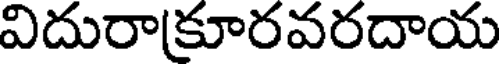
విదురాకూరవరదాయ